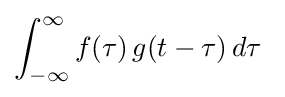
\int _{-\infty }^{\infty }f(\tau )\,g(t-\tau )\,d\tau \